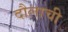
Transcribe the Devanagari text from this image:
दौलाची